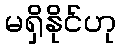
မရှိနိုင်ဟု